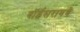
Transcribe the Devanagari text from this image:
वॉईसरायचे